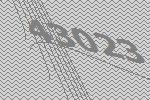
43023